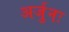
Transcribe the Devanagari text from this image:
अर्जुनः